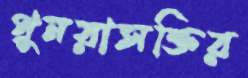
পুনরাসক্তির